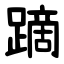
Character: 蹢